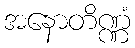
အနောတိဏ္ဏံ